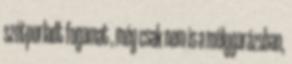
szétporladt fogamat , még csak nem is a mélygarázsban,